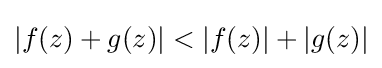
|f(z)+g(z)|<|f(z)|+|g(z)|